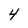
Character: 4